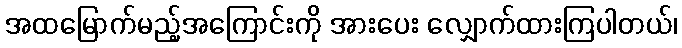
အထမြောက်မည့်အကြောင်းကို အားပေး လျှောက်ထားကြပါတယ်၊